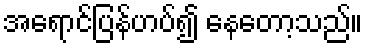
အရောင်ပြန်ဟပ်၍ နေတော့သည်။